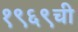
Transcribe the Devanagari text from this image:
१९६९ची